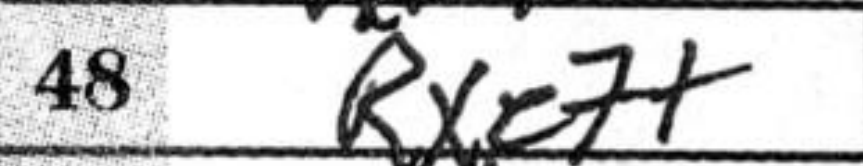
Transcription: Rxe7+